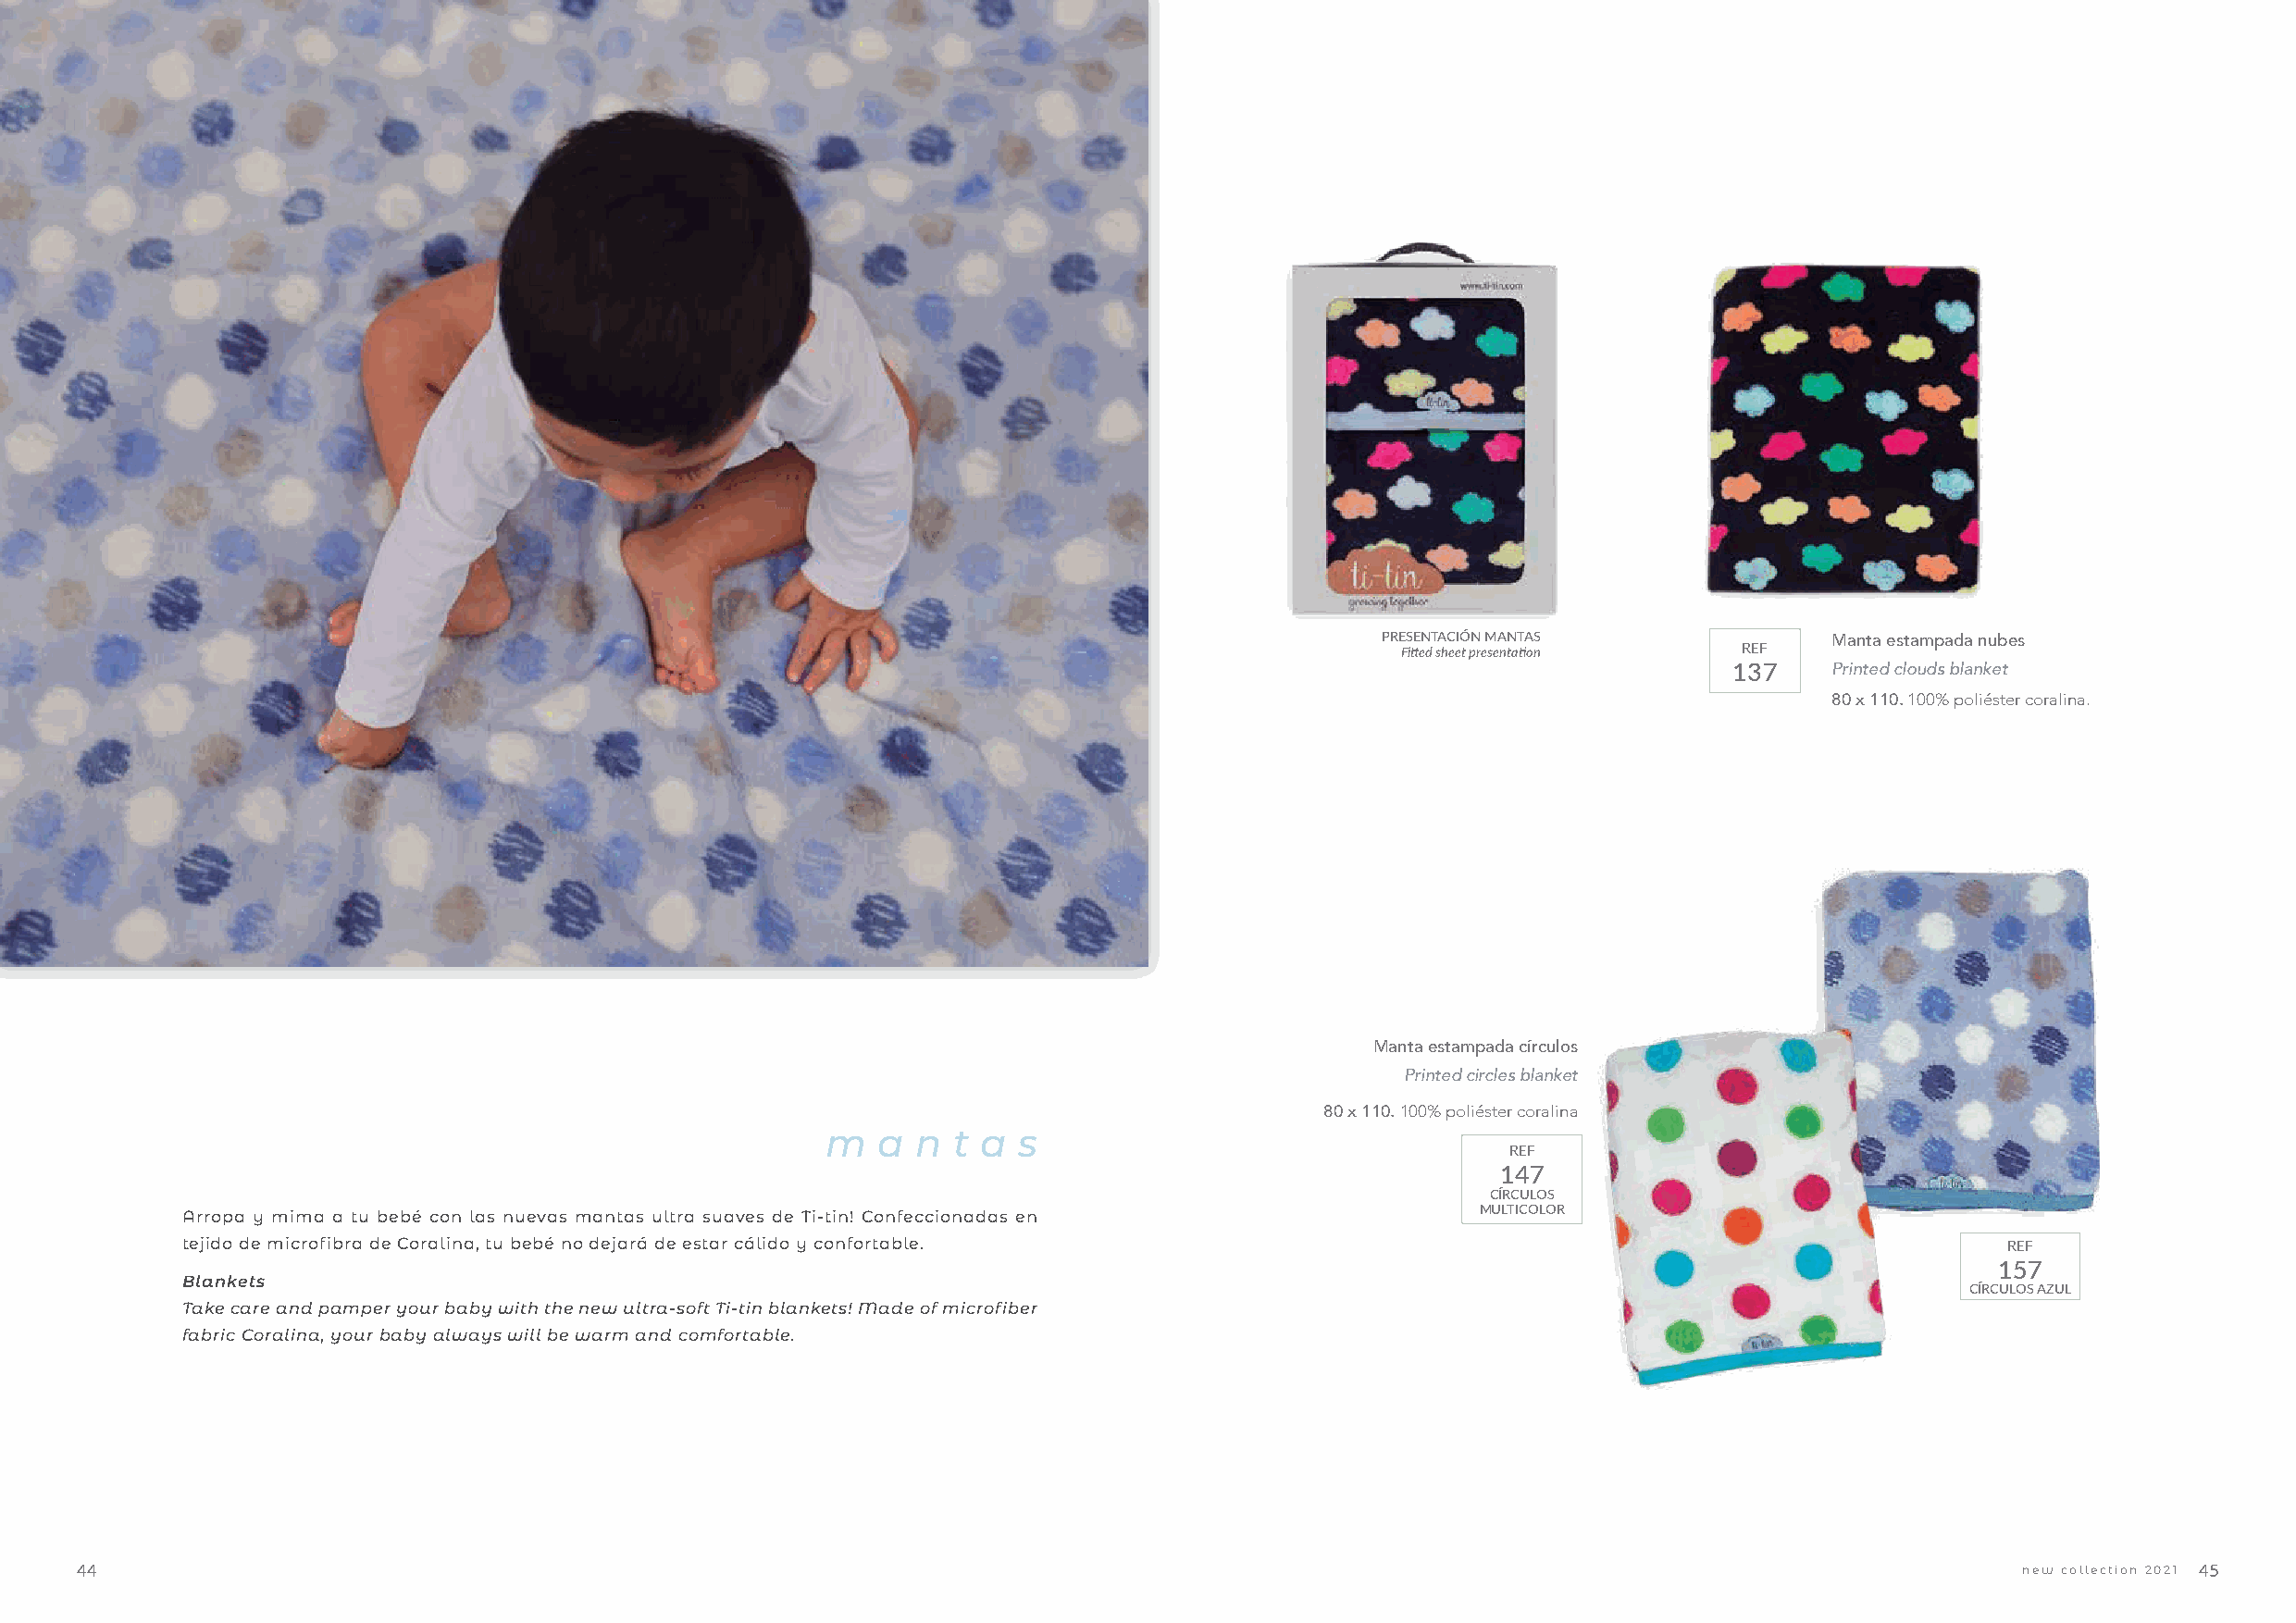
PRESENTACIÓN MANTAS             Manta estampada nubes
 Fitted sheet presentation REF
 137    Printed clouds blanket
 80 x 110. 100% poliéster coralina.
 Manta estampada círculos
 Printed circles blanket
 80 x 110. 100% poliéster coralina
 m   a n  t a  s
 REF
 147
 CÍRCULOS
 Arropa y mima a tu bebé con las nuevas mantas ultra suaves de Ti-tin! Confeccionadas en      MULTICOLOR
 tejido de microfibra de Coralina, tu bebé no dejará de estar cálido y confortable.                                                 REF
 157
 Blankets
 CÍRCULOS AZUL
 Take care and pamper your baby with the new ultra-soft Ti-tin blankets! Made of microfiber
 fabric Coralina, your baby always will be warm and comfortable.
 44                                                                                                                                          new collection 2021 45